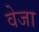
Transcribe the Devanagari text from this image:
वेजा